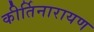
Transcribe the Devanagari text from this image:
कीर्तिनारायण